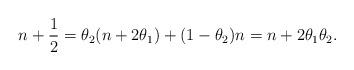
LaTeX: \begin{align*}n + \frac{1}{2} = \theta_2 (n+2\theta_1)+(1-\theta_2) n = n+2\theta_1 \theta_2. \end{align*}